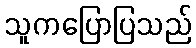
သူကပြောပြသည်